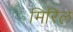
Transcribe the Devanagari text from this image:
मिरिल